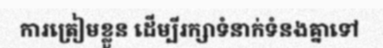
ការត្រៀមខ្លួន ដើម្បីរក្សាទំនាក់ទំនងគ្នាទៅ